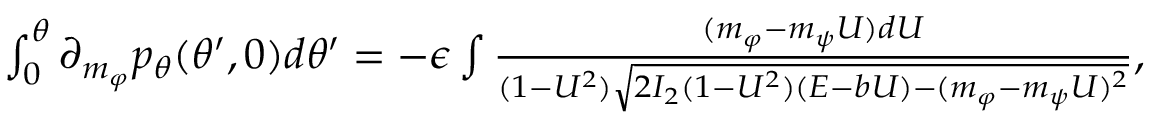
\begin{array} { r } { \int _ { 0 } ^ { \theta } \partial _ { m _ { \varphi } } p _ { \theta } ( \theta ^ { \prime } , 0 ) d \theta ^ { \prime } = - \epsilon \int \frac { ( m _ { \varphi } - m _ { \psi } U ) d U } { ( 1 - U ^ { 2 } ) \sqrt { 2 I _ { 2 } ( 1 - U ^ { 2 } ) ( E - b U ) - ( m _ { \varphi } - m _ { \psi } U ) ^ { 2 } } } , } \end{array}